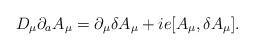
LaTeX: \begin{align*}D_\mu \partial_a A_\mu = \partial_\mu \delta A_\mu + ie[A_\mu, \delta A_\mu ] .\end{align*}